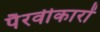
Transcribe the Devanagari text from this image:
पैरवीकारों